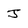
Character: J